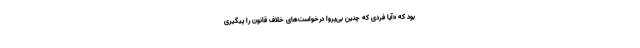
بود که «آیا فردی که چنین بی‌پروا درخواست‌های خلاف قانون را پیگیری